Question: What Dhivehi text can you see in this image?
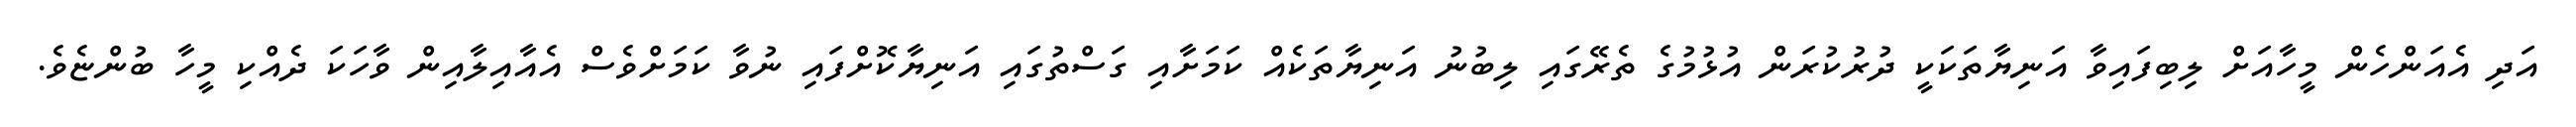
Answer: އަދި އެއަންހެން މީހާއަށް ލިބިފައިވާ އަނިޔާތަކަކީ ދުރުކުރަން އުޅުމުގެ ތެރޭގައި ލިބުނު އަނިޔާތަކެއް ކަމަށާއި ގަސްތުގައި އަނިޔާކޮށްފައި ނުވާ ކަމަށްވެސް އެއާއިލާއިން ވާހަކަ ދެއްކި މީހާ ބުންޏެވެ.